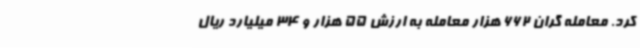
کرد. معامله گران 662 هزار معامله به ارزش 55 هزار و 34 میلیارد ریال